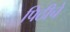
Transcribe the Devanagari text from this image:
पिठीचे